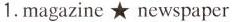
1.magazine ★ newspaper